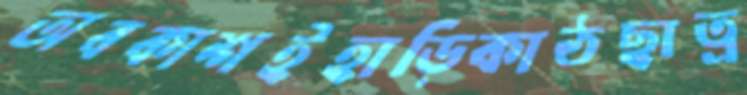
অবকাশইহাড়িকাঠছাত্র